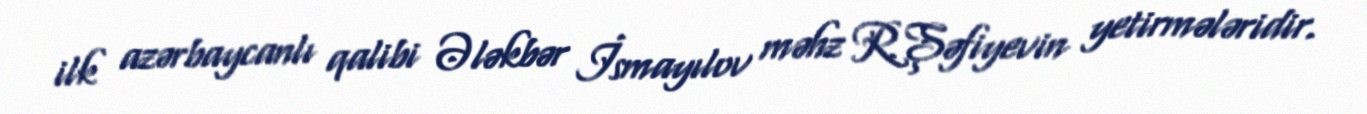
ilk azərbaycanlı qalibi Ələkbər İsmayılov məhz R.Şəfiyevin yetirmələridir.